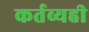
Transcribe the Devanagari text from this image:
कर्तव्यही